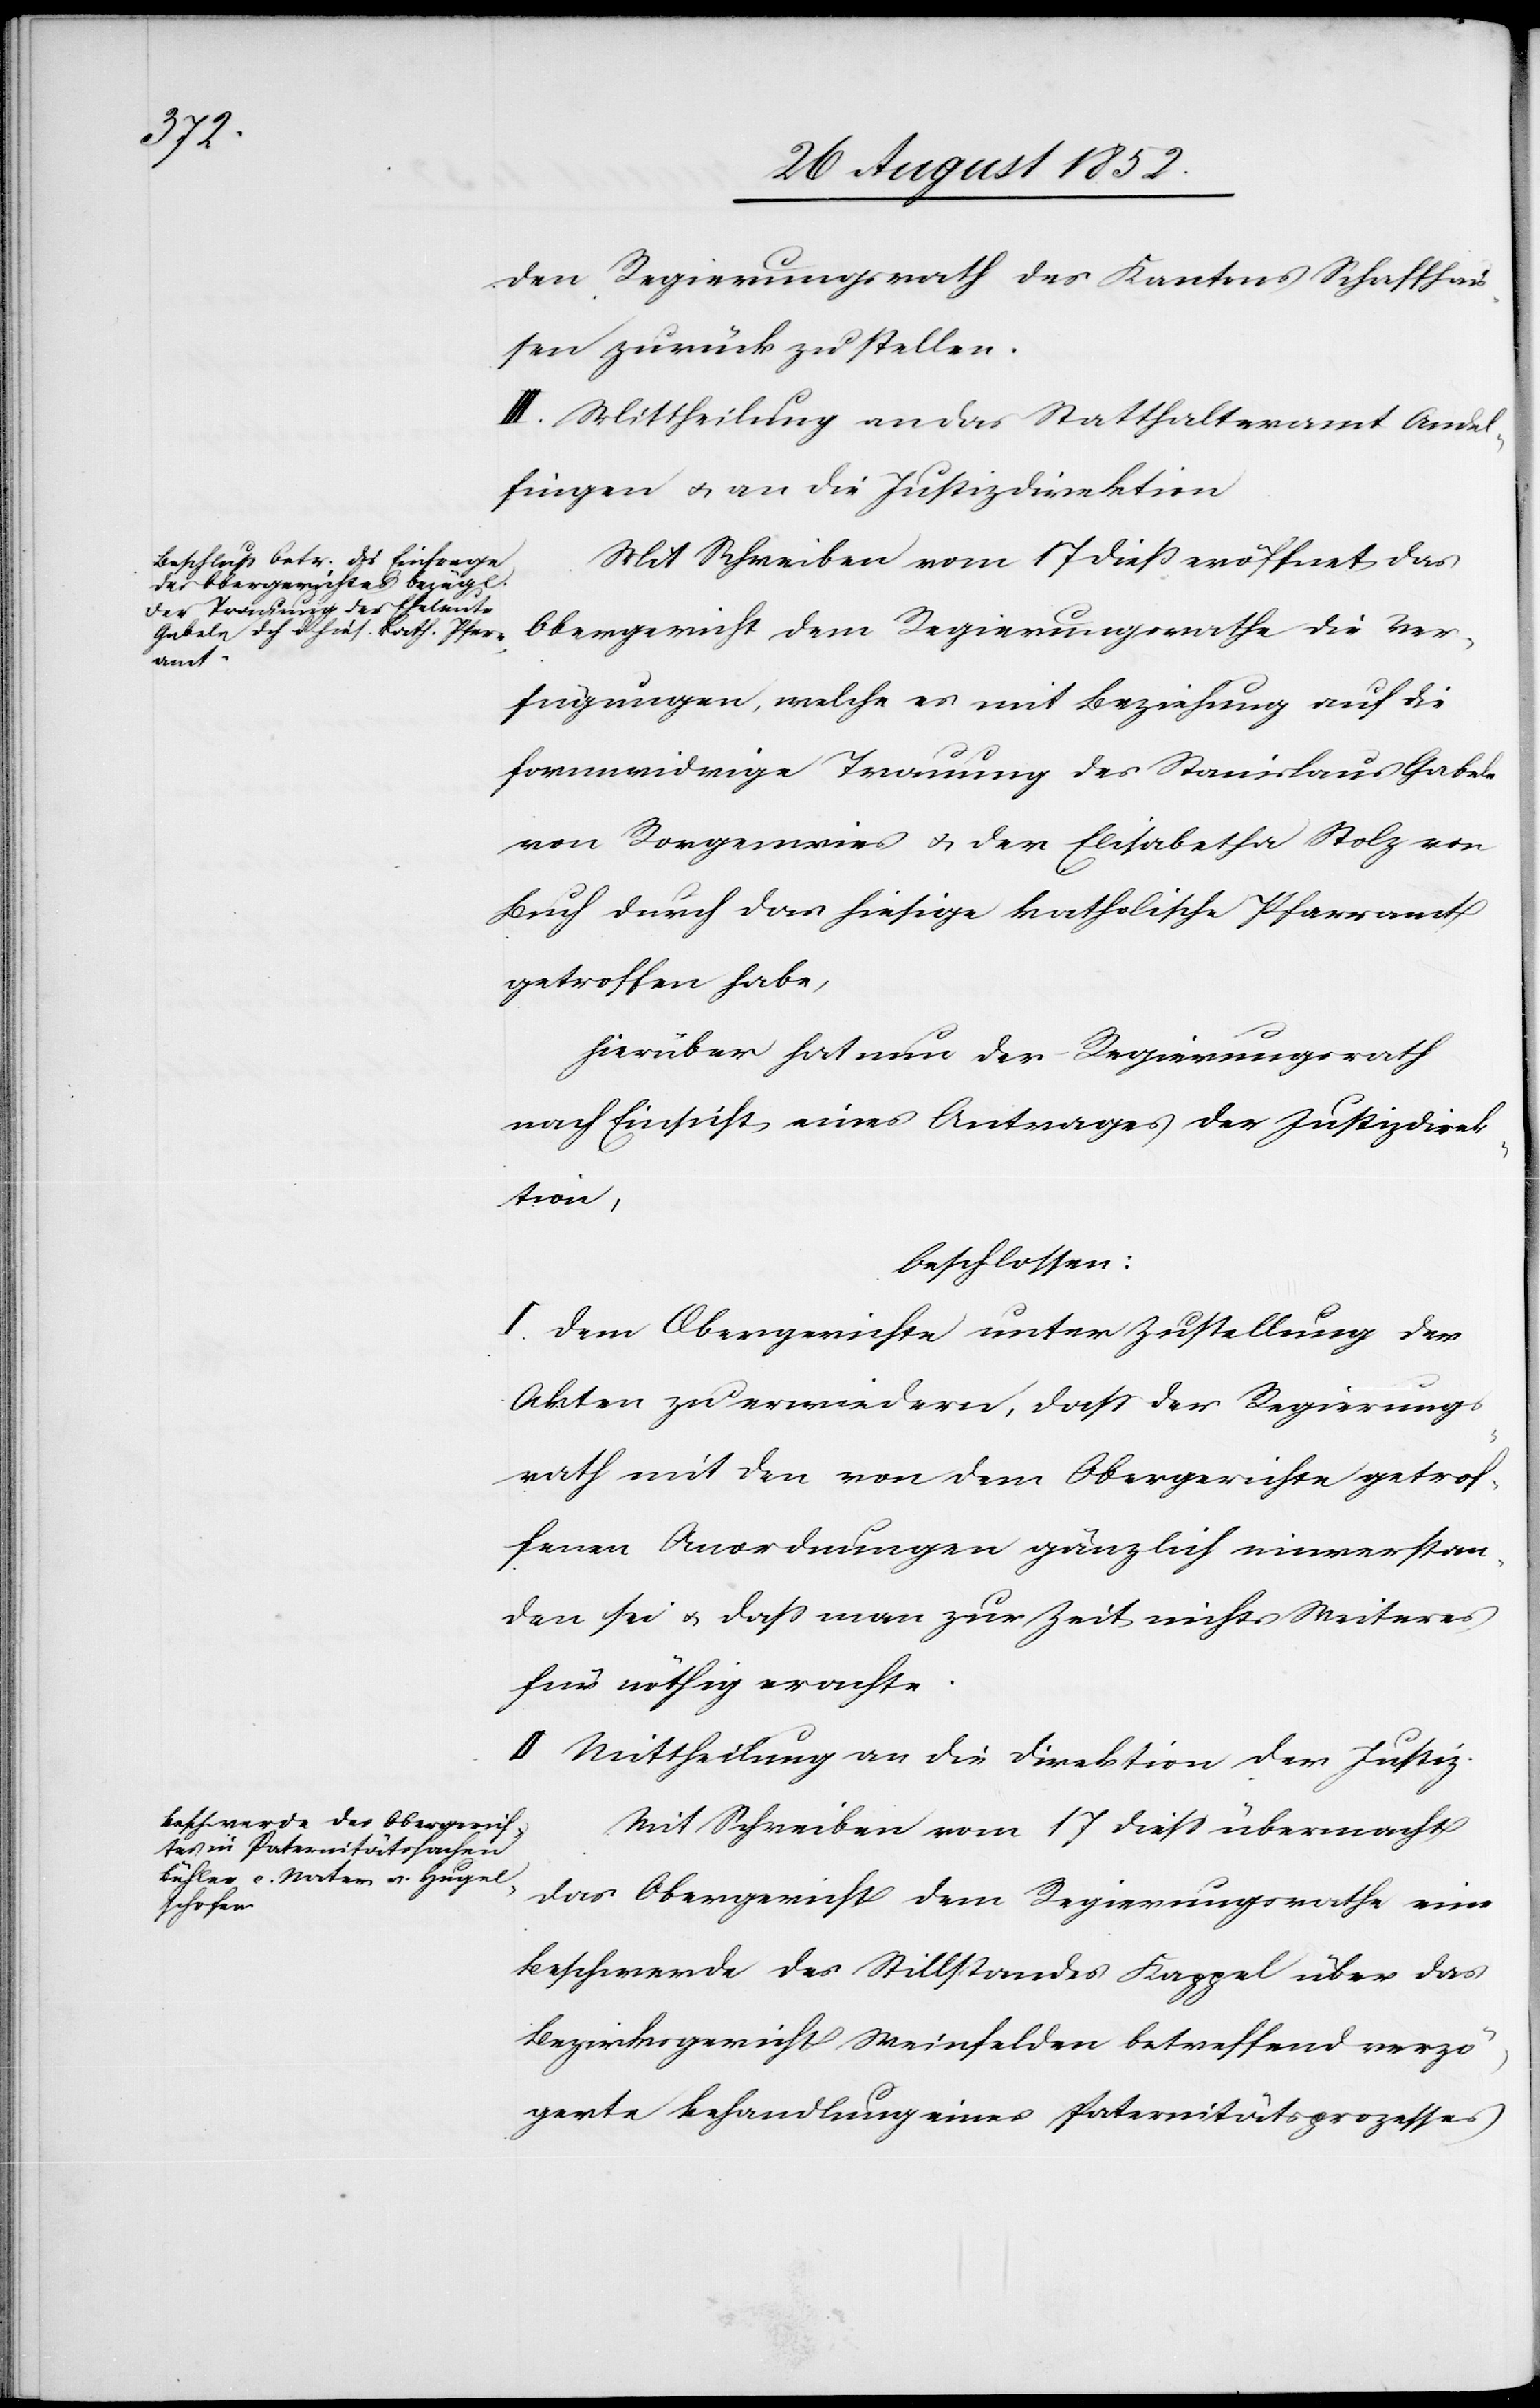
den Regierungsrath des Kantons Schaffhau¬
sen zurück zu stellen.
III. Mittheilung an das Statthalteramt Andel¬
fingen & an die Justizdirektion[.]
Mit Schreiben vom 17 dieß eröffnet das
Obergericht dem Regierungsrathe die Ver¬
fügungen, welche es mit Beziehung auf die
formwidrige Trauung des Stanislaus Gabele
von Rorgenwies & der Elisabetha Stolz von
Buch durch das hiesige katholische Pfarramt
getroffen habe,
Hierüber hat nun der Regierungsrath
nach Einsicht eines Antrages der Justizdirek¬
tion,
beschlossen:
I. Dem Obergerichte unter Zustellung der
Akten zu erwiedern, dass der Regierungs¬
rath mit den von dem Obergerichte getrof¬
fenen Anordnungen gänzlich einverstan¬
den sei & dass man zur Zeit nichts Weiteres
für nöthig erachte.
II Mittheilung an die Direktion der Justiz.
Mit Schreiben vom 17 diess übermacht
das Obergericht dem Regierungsrathe eine
Beschwerde des Stillstandes Kappel über das
Bezirksgericht Weinfelden betreffend verzö¬
gerte Behandlung eines Paternitätsprozesses